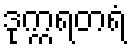
ဒုက္ကရတရံ